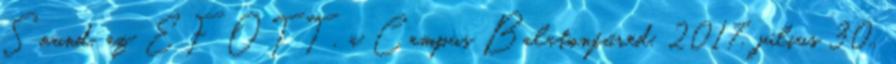
Sound, az EFOTT, a Campus Balatonfüred, 2017. július 30.,